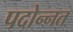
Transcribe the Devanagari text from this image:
पदोन्‍नत